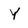
Character: Y